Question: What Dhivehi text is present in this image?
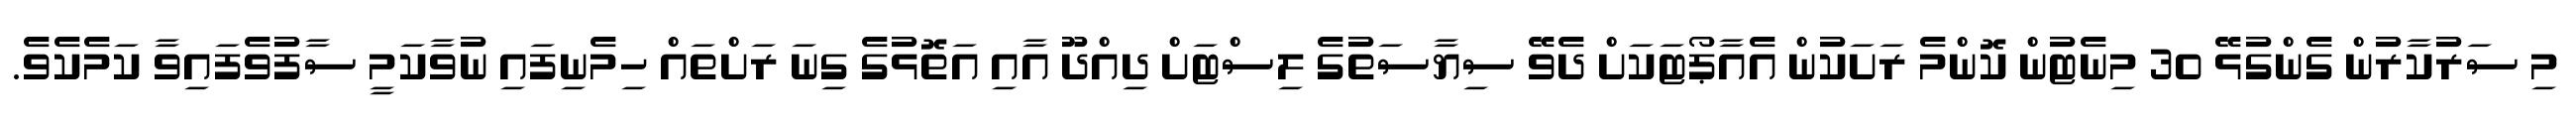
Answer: މި ސަރުކާރުން ގެންގުޅޭ 30 މިނެޓުން ކޮންމެ ރަށަކުން އެއާޕޯޓަކަށް ދެވޭ ސިޔާސަތުގެ ލިސްޓަށް ދިއްދޫ އާއި އަތޮޅުގެ ގިނަ ރަށްތައް ހިމެނިފައި ނުވާކަމީ ސާފުވެފައިވާ ކަމެކެވެ.